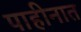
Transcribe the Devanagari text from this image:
पाहीनात